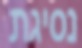
נסיגת